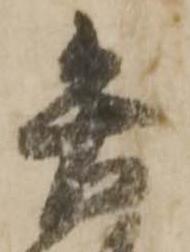
矢